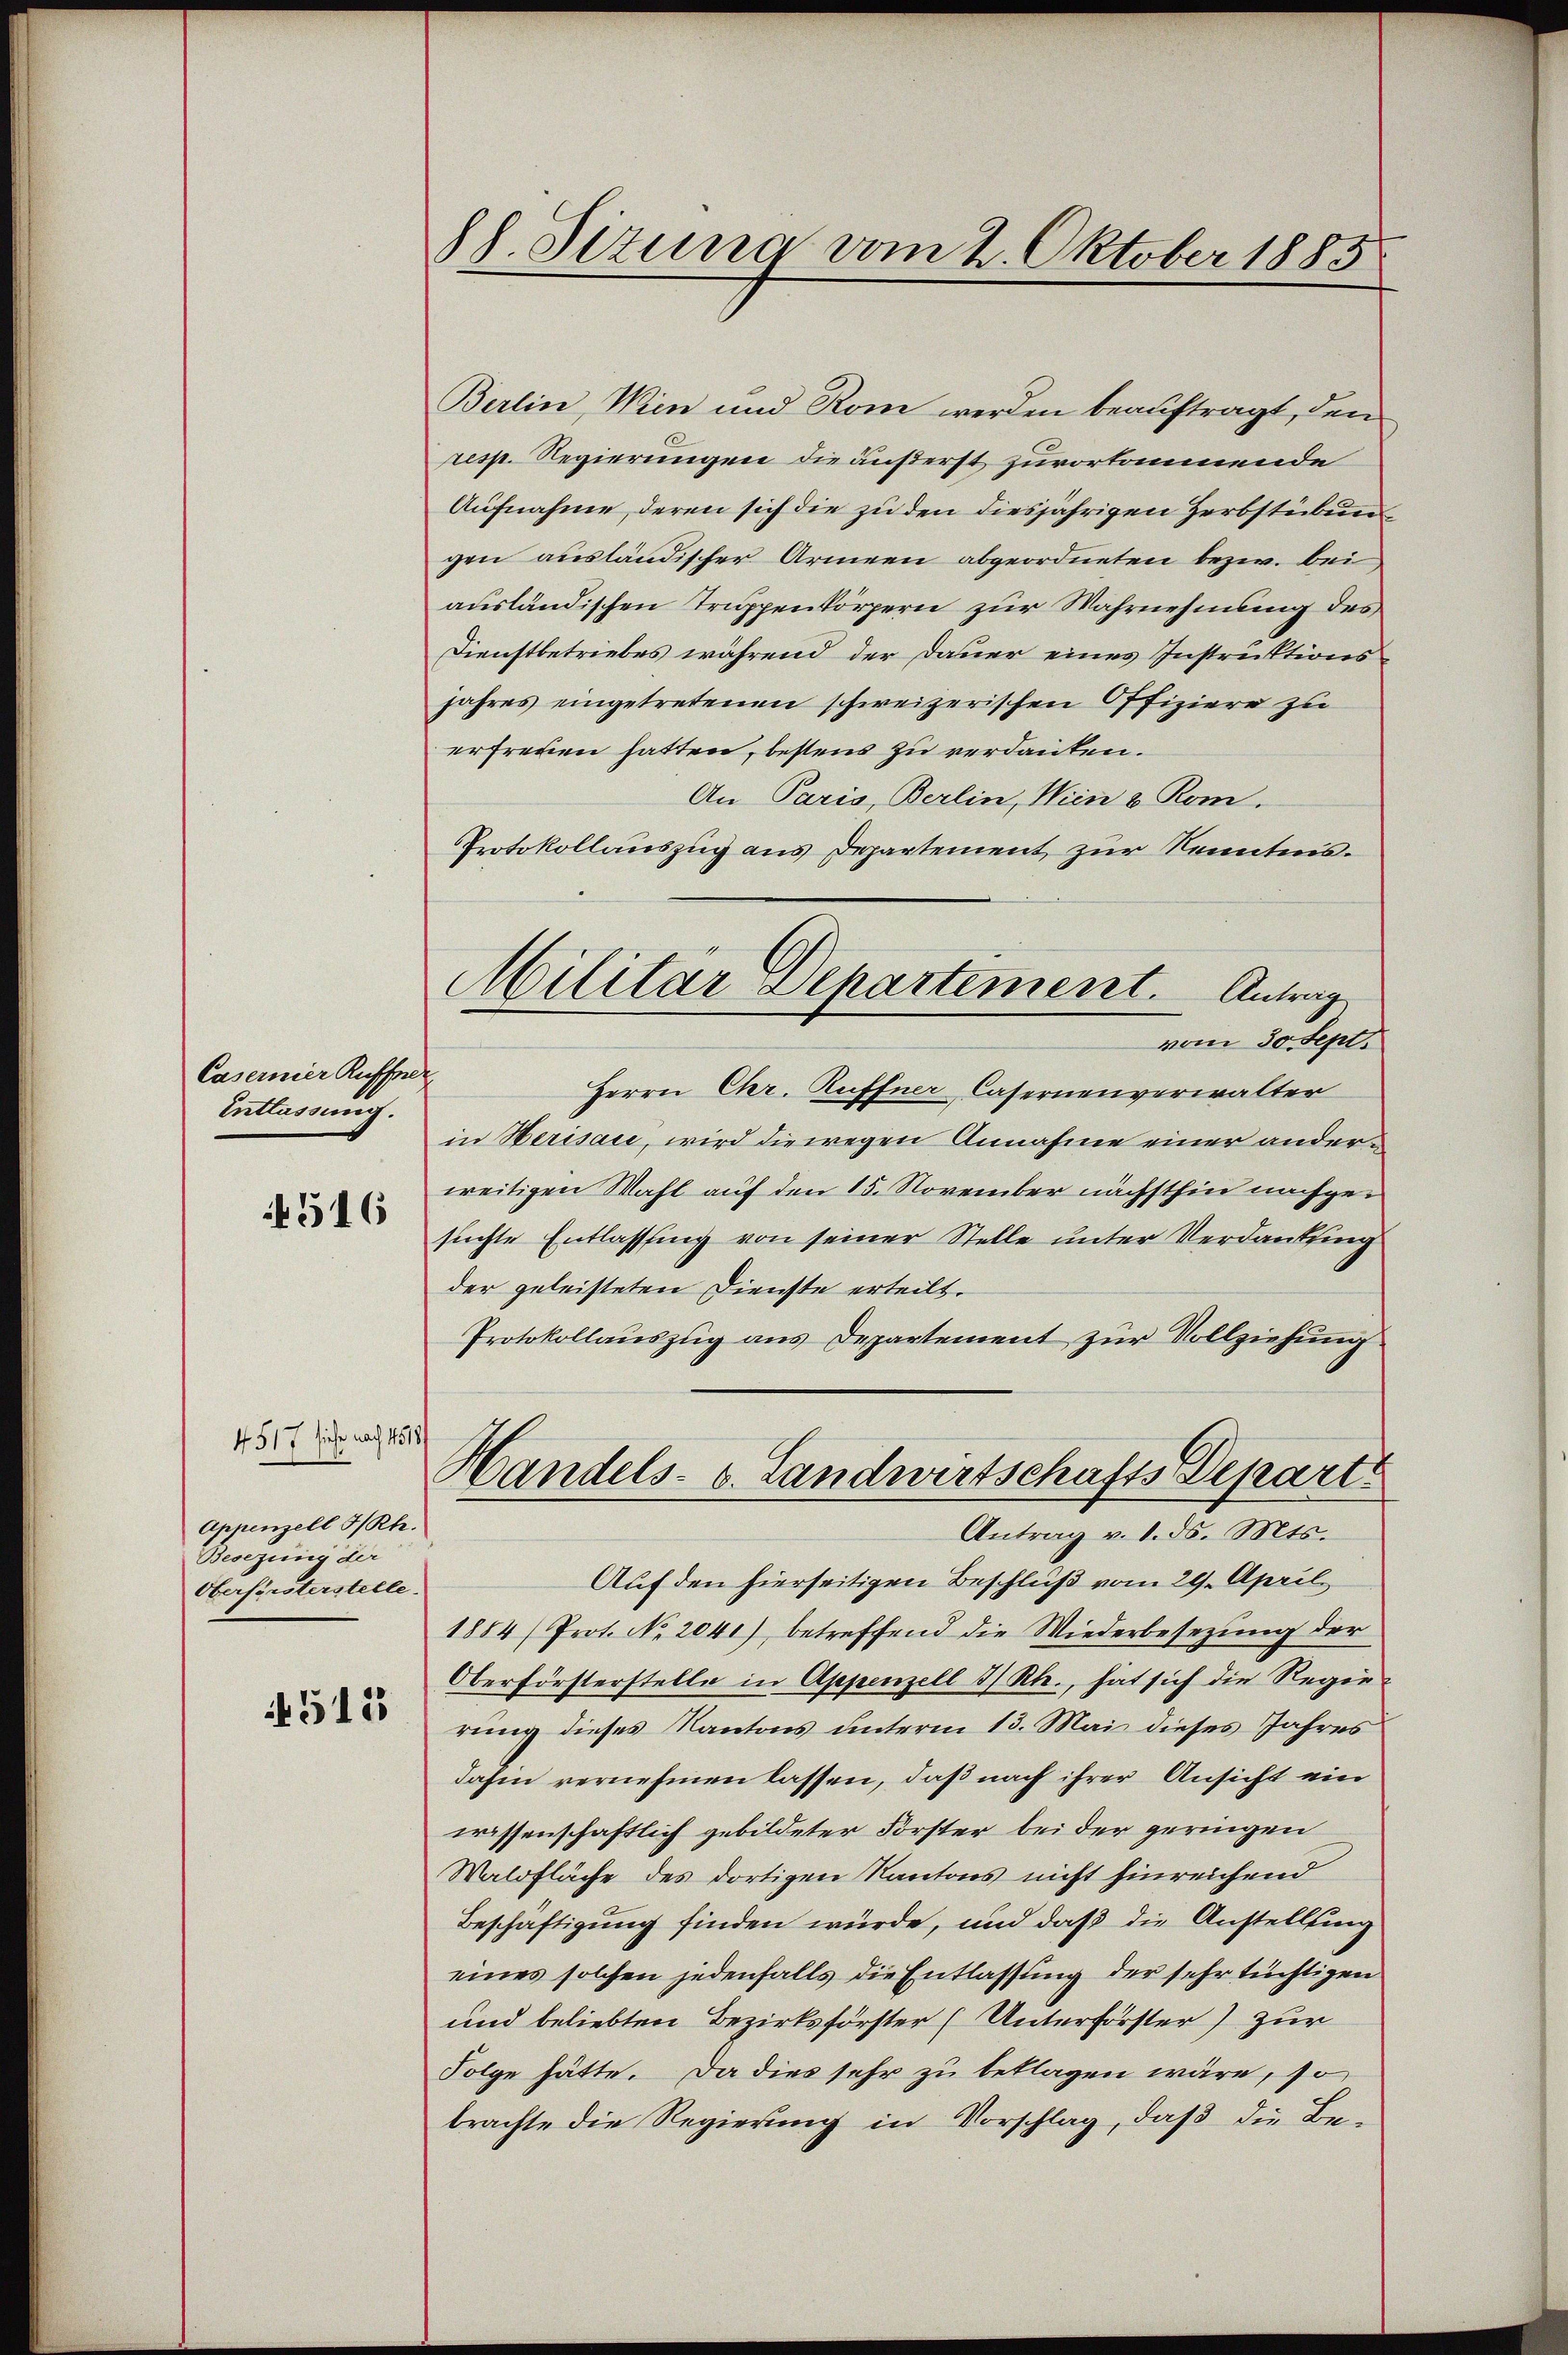
Casernier Ruffner
Entlassung.

4516

4 517 siche nach 4518
Appenzell I/Rh.
Besezung der
Oberförsterstelle.

4515

88. Sizung vom 2. Oktober 1885

Berlin, Wien und Rom werden beauftragt, den
resp. Regierungen die äußerst zuvorkommende
Aufnahme, deren sich die zu den diesjährigen Herbstübun
gen ausländischer Armeen abgeordneten bezw. bei
ausländischen Truppenkörpern zur Wahrnehmung des
Dienstbetriebes während der Dauer eines Instruktions
jahres eingetretenen schweizerischen Offiziere zu
erfreuen hatten, bestens zu verdanken.
An Paris, Berlin, Wien & Rom.
Protokollauszug aus Departement zur Kenntnis.
Herrn Chr. Ruffner Casernenverwalter
in Herisau, wird die wegen Annahme einer anderweitigen Wahl auf den 15. November nächsthin nachgesuchte Entlassung von seiner Stelle unter Verdankung
der geleisteten Dienste erteilt.
Protokollauszug aus Departement zur Vollziehung
Handels- u. Landwirtschafts Depart
Antrag v. 1. ds. Mts.
Auf den hierseitigen Beschluß vom 29. April
1884/Prot. No. 2041) betreffend die Wiederbesezung der
Oberförsterstelle in Appenzell I/Rh., hat sich die Regierung dieses Kantons unterm 13. Mai dieses Jahres
dahin vernehmen lassen, daß nach ihrer Ansicht ein
wissenschaftlich gebildeter Forster bei der geringen
Waldfläche des dortigen Kantons nicht hinreichend
Beschäftigung finden würde, und daß die Anstellung
eines solchen jedenfalls die Entlassung der sehr tüchtigen
und beliebten Bezirksförster (Unterförster) zur
Folge hätte. Da dies sehr zu beklagen wäre, so
brachte die Regierung in Vorschlag, daß die Be¬

Militar-Separtement. Antrag
vom 30. Sept.